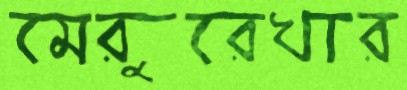
মেরুরেখার